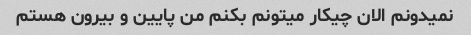
نمیدونم الان چیکار میتونم بکنم من پایین و بیرون هستم